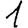
Digit: 1